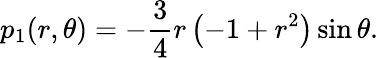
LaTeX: p_{1}(r,\theta)=-\frac{3}{4}r\left(-1+r^{2}\right)\sin\theta.